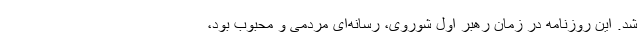
شد. این روزنامه در زمان رهبر اول شوروی، رسانه‌ای مردمی و محبوب بود،